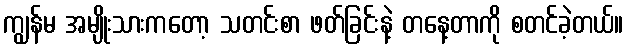
ကျွန်မ အမျိုးသားကတော့ သတင်းစာ ဖတ်ခြင်းနဲ့ တနေ့တာကို စတင်ခဲ့တယ်။